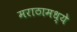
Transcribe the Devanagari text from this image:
मराठामध्ये